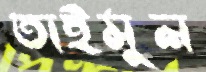
তাইমুল